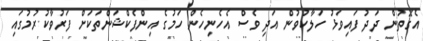
އެގޮތުން ދަދު ފައިވަޅު ހަލާކުވުން އަދި ވެސް އެހެނިހެން ހަމުގެ އިންފެކްޝަންތަކަށް ފަރުވާކުރުމުގައި